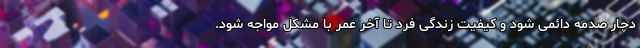
دچار صدمه دائمی شود و کیفیت زندگی فرد تا آخر عمر با مشکل مواجه شود.